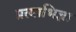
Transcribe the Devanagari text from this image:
प्रत्याभिज्ञा